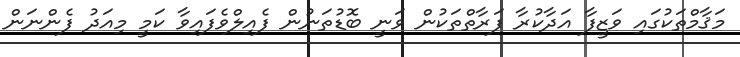
މަޤާމްތަކުގައި ވަޒީފާ އަދާކުރާ ފަރާތްތަކުން ވަނީ ބޮޑުތަނުން ފެއިލްވެފައިވާ ކަމީ މިއަދު ފެންނަން